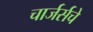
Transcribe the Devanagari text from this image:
चार्जर्सचे